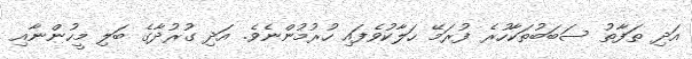
އަދި ތަފާތު ސަބަބުތަކާހުރެ ފުރަމޭ ހަލާކުވެފައި ހުރުމުންނެވެ. އަދި ގުރުދާގެ ބަލި މީހުންނާއި